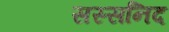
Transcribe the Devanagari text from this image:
सस्सनिद